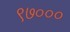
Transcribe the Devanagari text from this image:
९७०००